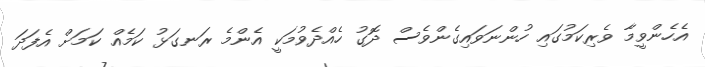
އެހެންވީމާ ވެރިކަމުގައި ހުންނަވައިގެންވެސް ދޮގު ހެއްދެވުމަކީ އެންމެ ރަނގަޅު ކަމެއް ކަމަށް އެފަދަ